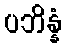
ပဘိန္နံ